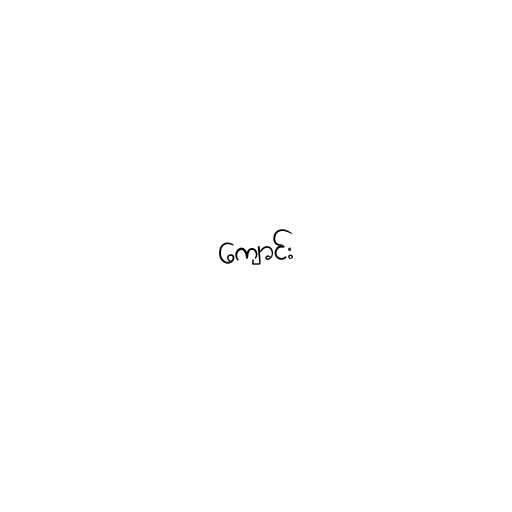
ကျောင်း